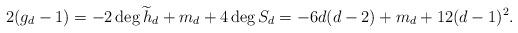
LaTeX: \begin{align*} 2(g_d-1)=-2\deg \widetilde h_d +m_d+4\deg S_d=-6d(d-2)+m_d+12(d-1)^2.\end{align*}